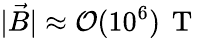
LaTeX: |\vec{B}|\approx\mathcal{O}(10^{6})\, \mathrm{~T~}